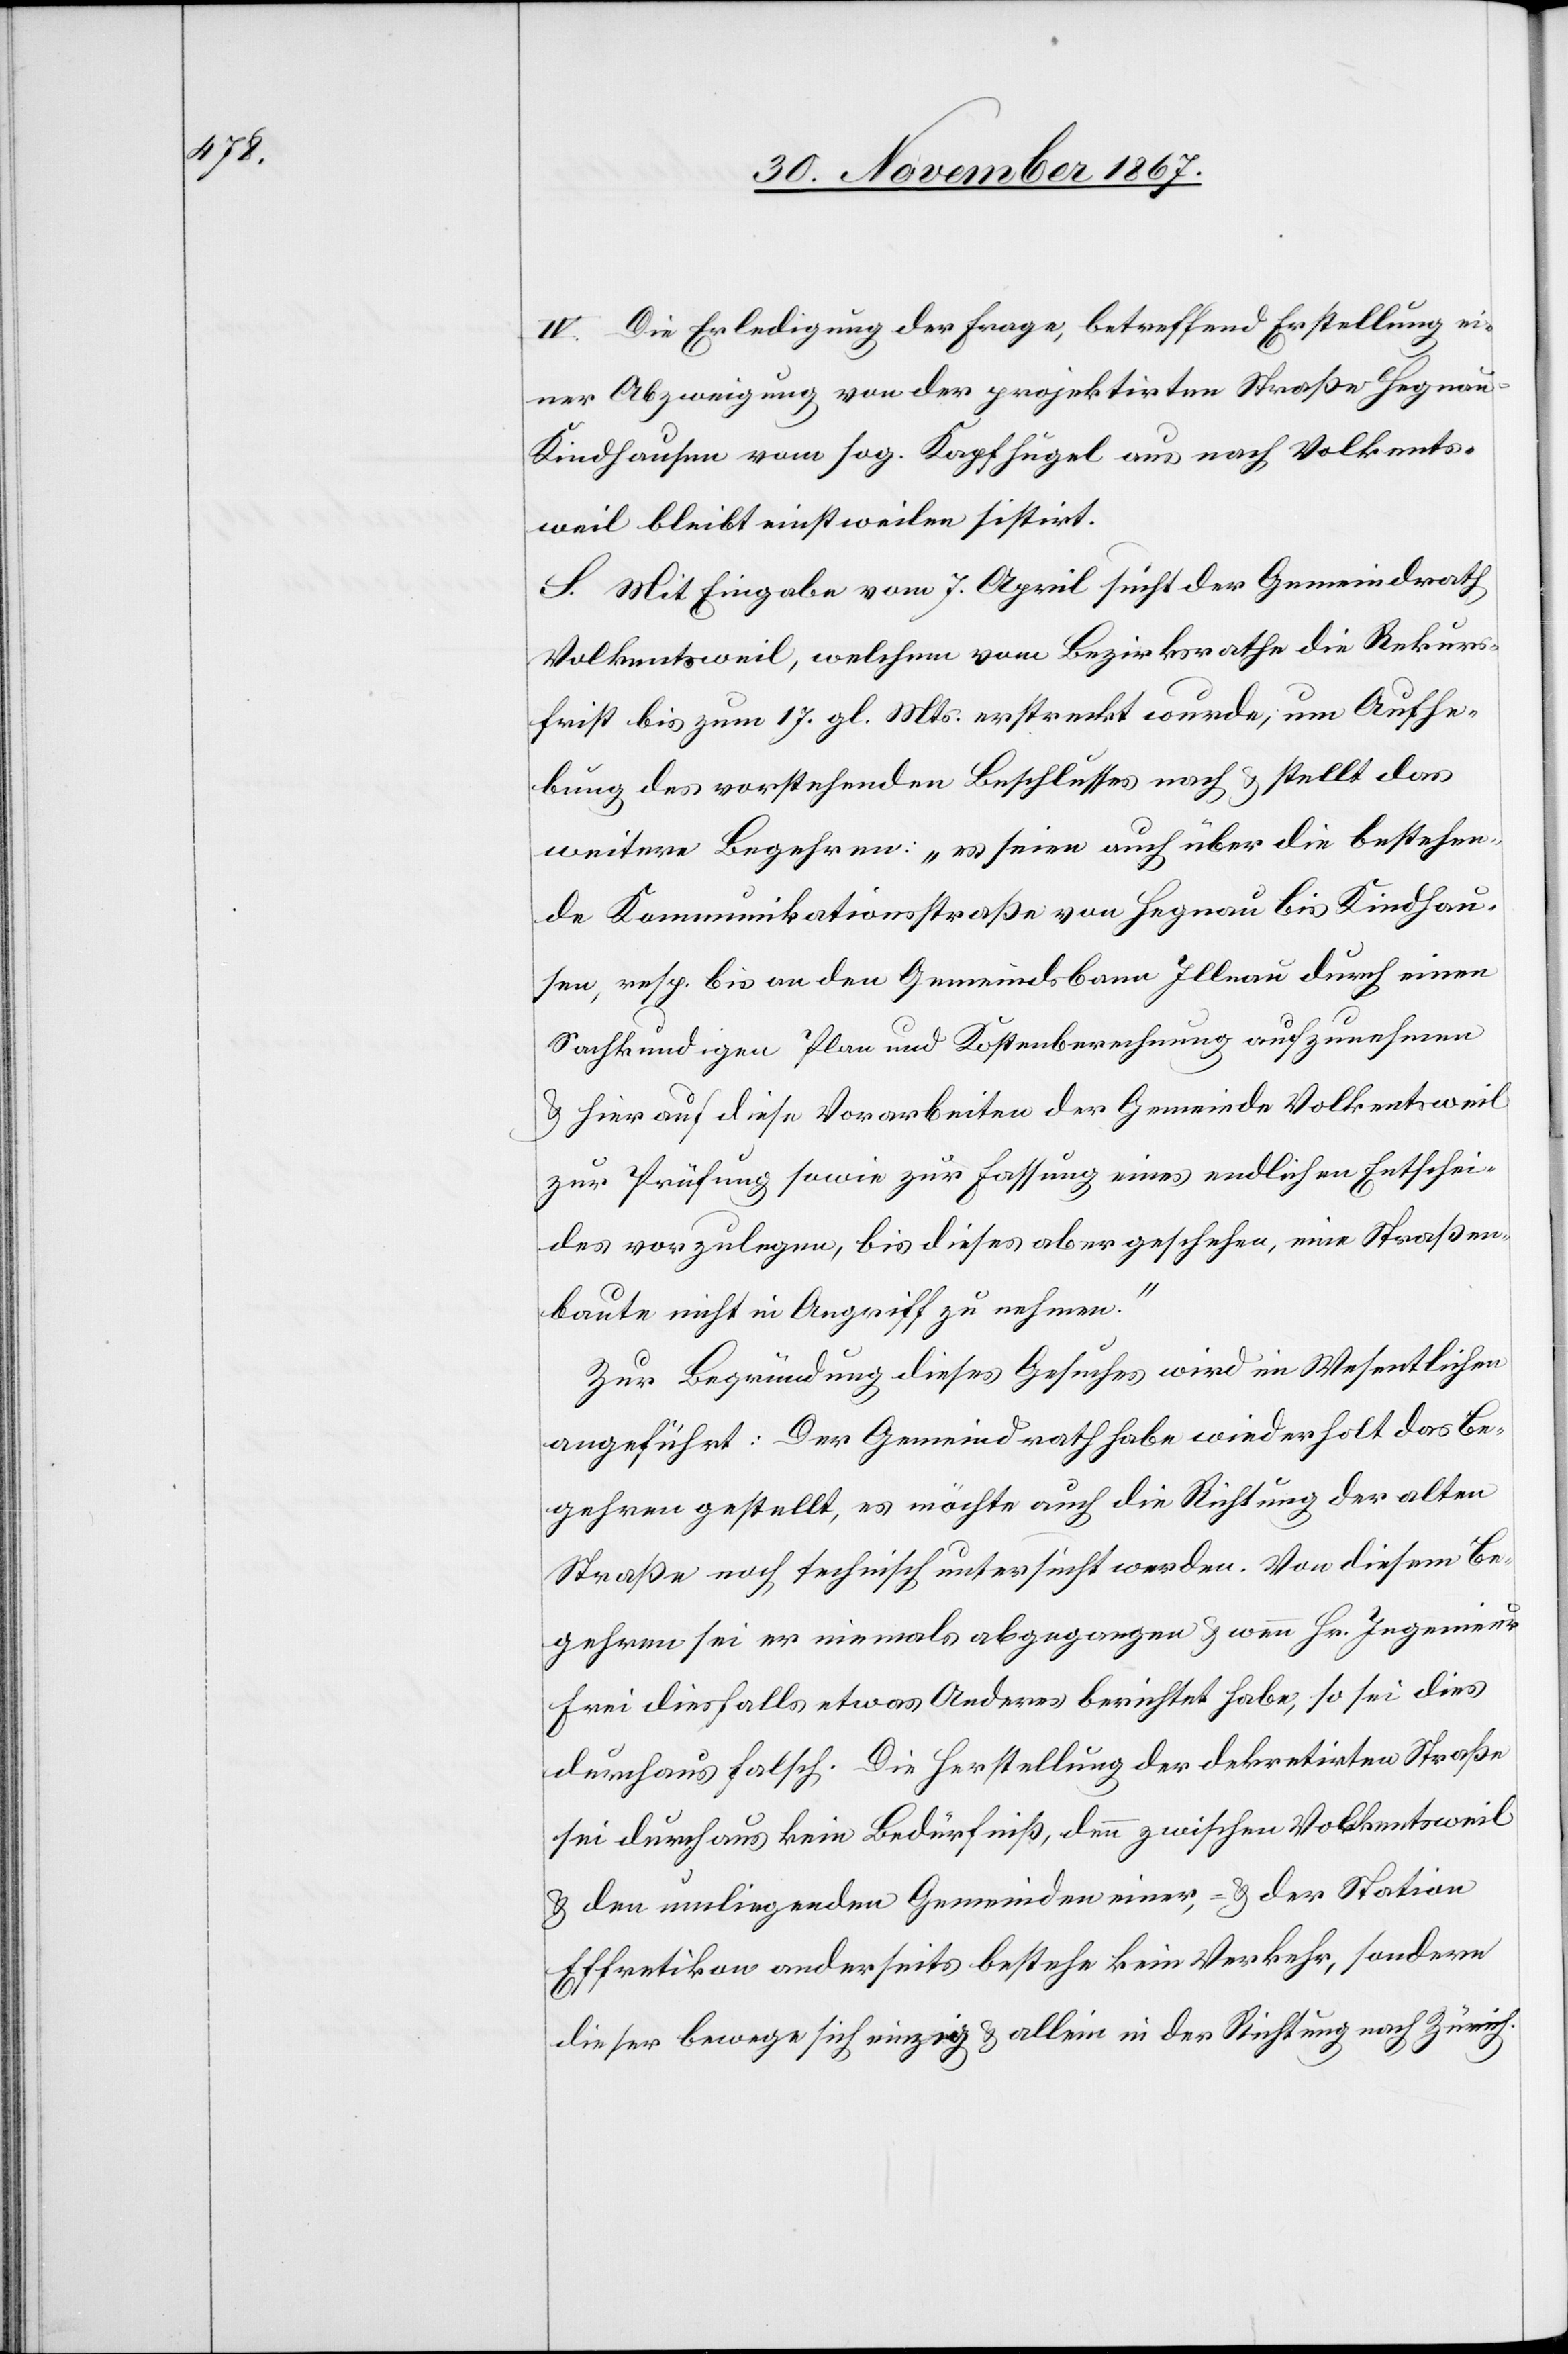
IV. Die Erledigung der Frage, betreffend Erstellung ei¬
ner Abzweigung von der projektirten Straße Hegna¬
u–Kindhausen vom sog. Kopfhügel aus nach Volkents¬
weil bleibt einstweilen sistirt.
S. Mit Eingabe vom 7. April sucht der Gemeindrath
Volkentsweil, welchem vom Bezirksrathe die Rekurs¬
frist bis zum 17. gl. Mts. erstreckt wurde, um Aufhe¬
bung des vorstehenden Beschlusses nach u. stellt das
weitere Begehren: „es seien auch über die bestehen¬
de Kommunikationsstraße von Hegnau bis Kindhau¬
sen, resp. bis an den Gemeindsbann Illnau durch einen
Sachkundigen Plan und Kostenberechnung aufzunehmen
u. hierauf diese Vorarbeiten der Gemeinde Volkentsweil
zur Prüfung sowie zur Fassung eines endlichen Entschei¬
des vorzulegen, bis dieses aber geschehen, eine Straßen¬
baute nicht in Angriff zu nehmen.“
Zur Begründung dieses Gesuches wird im Wesentlichen
angeführt: Der Gemeindrath habe wiederholt das Be¬
gehren gestellt, es möchte auch die Richtung der alten
Straße noch technisch untersucht werden. Von diesem Be¬
gehren sei er niemals abgegangen u. wenn Hr. Ingenieur
Frei diesfalls etwas Anderes berichtet habe, so sei dies
durchaus falsch. Die Herstellung der dekretirten Straße
sei durchaus kein Bedürfniß, denn zwischen Volkentsweil
u. den umliegenden Gemeinden einer, u. der Station
Effretikon anderseits bestehe kein Verkehr, sondern
dieser bewege sich einzig u. allein in der Richtung nach Zürich.